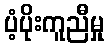
ပံ့ပိုးကူညီမှု